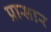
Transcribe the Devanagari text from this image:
प्रासार